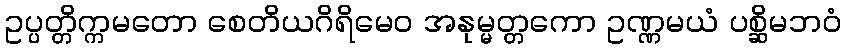
ဥပ္ပတ္တိက္ကမတော စေတိယဂိရိမေဝ အနုမ္မတ္တကော ဥဏ္ဏမယံ ပစ္ဆိမဘဝံ